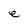
Character: e